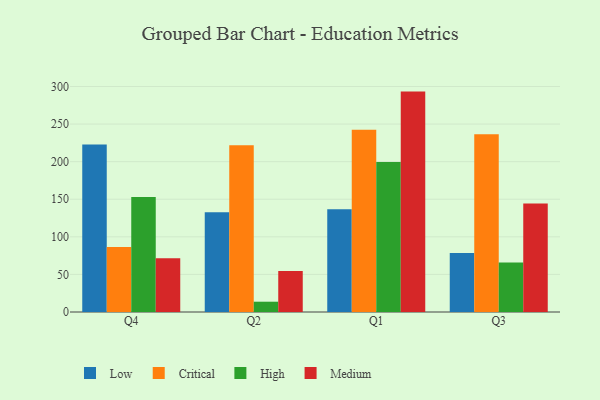
{"axis": {"x": "Quarter", "y": "Production Output"}, "legend": ["Critical", "High", "Low", "Medium"], "data": [{"x": "Q4", "y": 222.8, "type": "Low"}, {"x": "Q4", "y": 86.4, "type": "Critical"}, {"x": "Q4", "y": 153.1, "type": "High"}, {"x": "Q4", "y": 71.4, "type": "Medium"}, {"x": "Q2", "y": 132.7, "type": "Low"}, {"x": "Q2", "y": 221.9, "type": "Critical"}, {"x": "Q2", "y": 13.7, "type": "High"}, {"x": "Q2", "y": 54.4, "type": "Medium"}, {"x": "Q1", "y": 136.6, "type": "Low"}, {"x": "Q1", "y": 242.6, "type": "Critical"}, {"x": "Q1", "y": 199.6, "type": "High"}, {"x": "Q1", "y": 293.2, "type": "Medium"}, {"x": "Q3", "y": 78.4, "type": "Low"}, {"x": "Q3", "y": 236.6, "type": "Critical"}, {"x": "Q3", "y": 65.9, "type": "High"}, {"x": "Q3", "y": 144.3, "type": "Medium"}]}